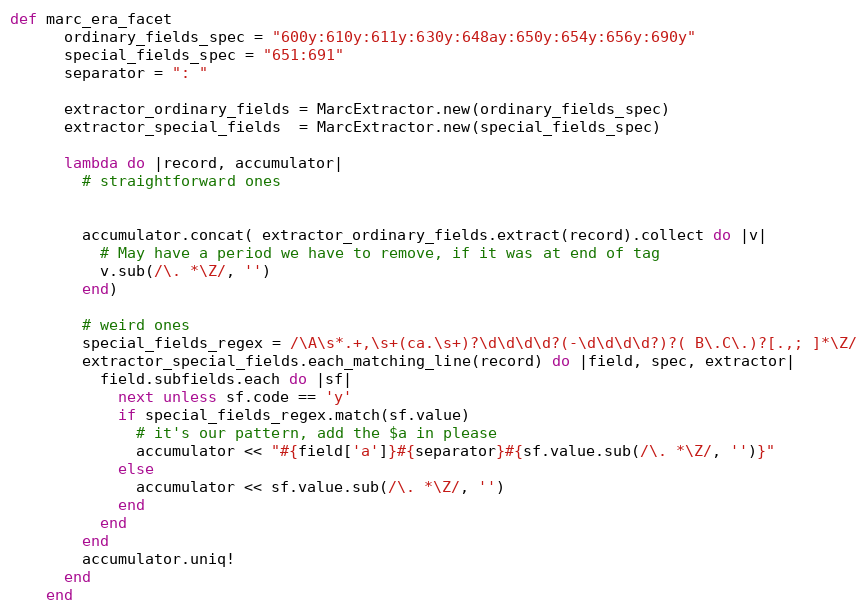
Language: Ruby
def marc_era_facet
      ordinary_fields_spec = "600y:610y:611y:630y:648ay:650y:654y:656y:690y"
      special_fields_spec = "651:691"
      separator = ": "

      extractor_ordinary_fields = MarcExtractor.new(ordinary_fields_spec)
      extractor_special_fields  = MarcExtractor.new(special_fields_spec)

      lambda do |record, accumulator|
        # straightforward ones

        accumulator.concat( extractor_ordinary_fields.extract(record).collect do |v|
          # May have a period we have to remove, if it was at end of tag
          v.sub(/\. *\Z/, '')
        end)

        # weird ones
        special_fields_regex = /\A\s*.+,\s+(ca.\s+)?\d\d\d\d?(-\d\d\d\d?)?( B\.C\.)?[.,; ]*\Z/
        extractor_special_fields.each_matching_line(record) do |field, spec, extractor|
          field.subfields.each do |sf|
            next unless sf.code == 'y'
            if special_fields_regex.match(sf.value)
              # it's our pattern, add the $a in please
              accumulator << "#{field['a']}#{separator}#{sf.value.sub(/\. *\Z/, '')}"
            else
              accumulator << sf.value.sub(/\. *\Z/, '')
            end
          end
        end
        accumulator.uniq!
      end
    end